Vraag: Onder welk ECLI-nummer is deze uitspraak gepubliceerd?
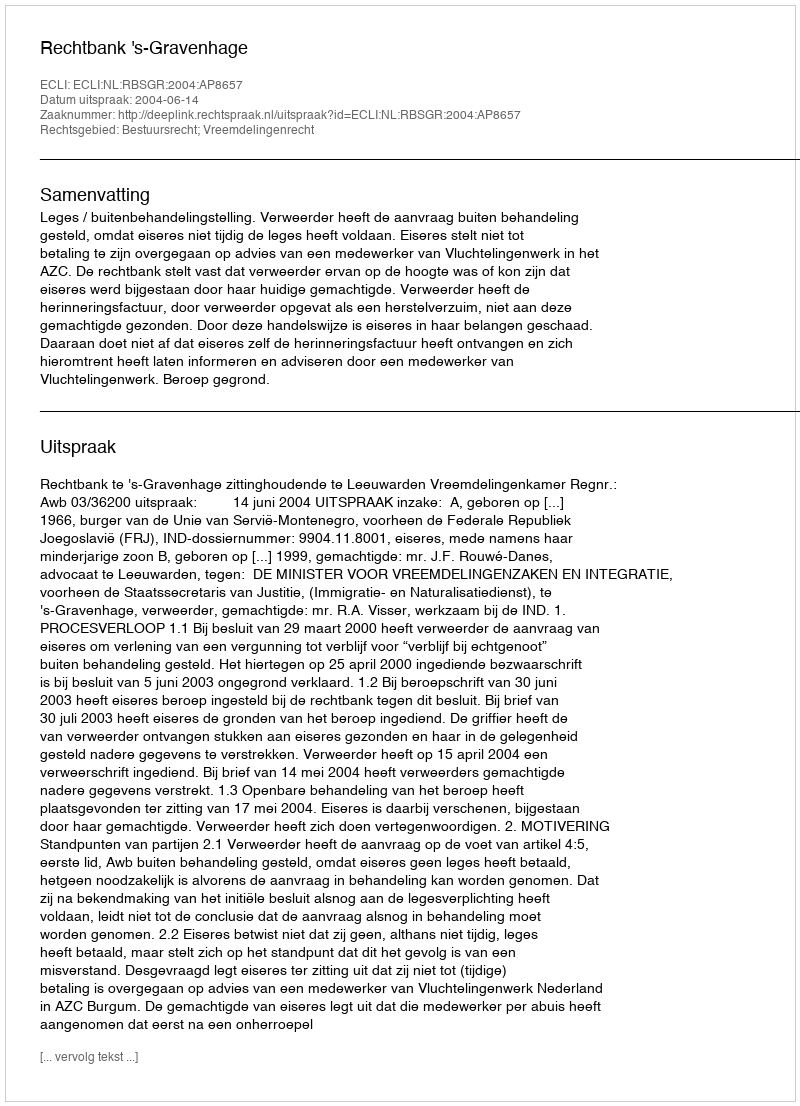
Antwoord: ECLI:NL:RBSGR:2004:AP8657